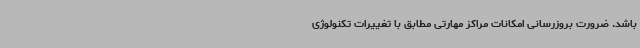
باشد. ضرورت بروزرسانی امکانات مراکز مهارتی مطابق با تغییرات تکنولوژی